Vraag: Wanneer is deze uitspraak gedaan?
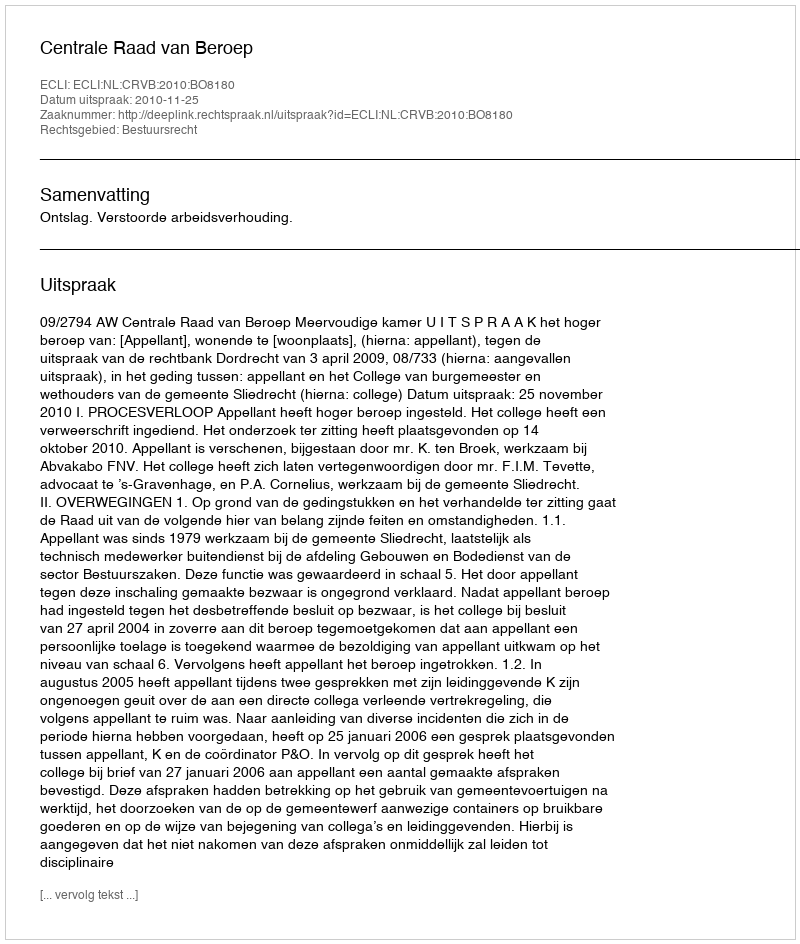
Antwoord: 2010-11-25